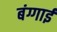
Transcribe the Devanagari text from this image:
बंग्गाई